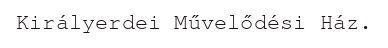
Királyerdei Művelődési Ház.